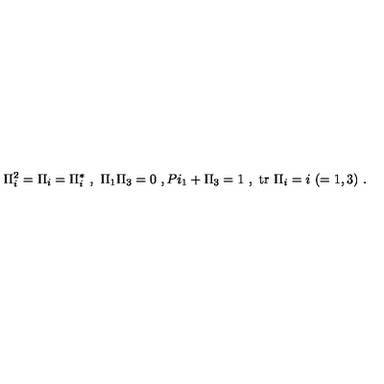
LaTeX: \Pi _ { i } ^ { 2 } = \Pi _ { i } = \Pi _ { i } ^ { * } \ , \ \Pi _ { 1 } \Pi _ { 3 } = 0 \ , P i _ { 1 } + \Pi _ { 3 } = 1 \ , \ \mathrm { t r } \ \Pi _ { i } = i \ ( = 1 , 3 ) \ .